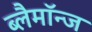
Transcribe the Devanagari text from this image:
ब्लैमॉन्ज